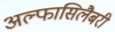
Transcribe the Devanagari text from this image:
अल्फासिलैबरी